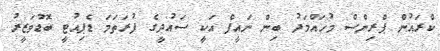
ކްރައުން ޕްރިންސް މުހައްމަދު ބިން ނައީފް އަކީ ސައުދީގެ ފުރަތަމަ ޑެޕިއުޓީ ބޮޑުވަޒީރު